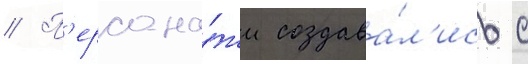
// П'ерсона́жи создава́л'ись с